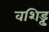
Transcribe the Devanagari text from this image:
वशिड्ढ